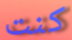
كنت